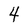
Character: 4